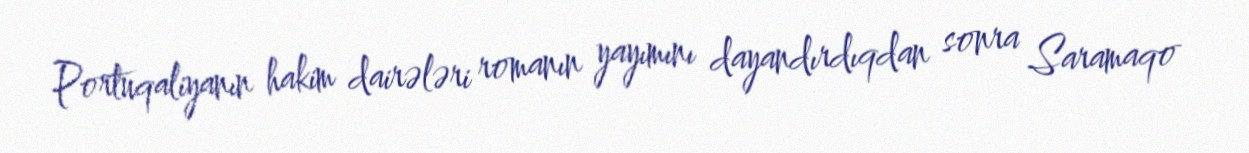
Portuqaliyanın hakim dairələri romanın yayımını dayandırdıqdan sonra Saramaqo